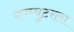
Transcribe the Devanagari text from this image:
कम्प्युटरला